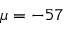
\mu = - 5 7